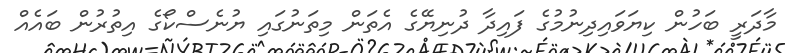
މާދަރީ ބަހުން ކިޔަވައިދިނުމުގެ ފައިދާ ދުނިޔޭގެ އެތަން މިތަނުގައި ޔުނެސްކޯގެ އިތުރުން ބައެއް